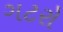
ગટરો